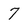
Character: 7